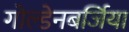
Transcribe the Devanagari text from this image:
गोल्डेनबर्जिया